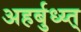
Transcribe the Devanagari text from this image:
अहर्बुध्य्त्